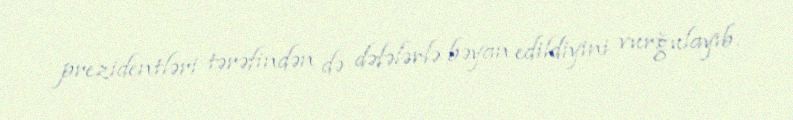
prezidentləri tərəfindən də dəfələrlə bəyan edildiyini vurğulayıb.